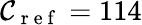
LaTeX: \mathcal{C}_{\mathrm{~r~e~f~}}=114